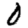
Digit: 0